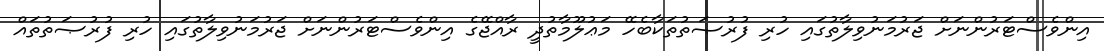
އިންވެސްޓަރުންނަށް ޖަރުމަނުވިލާތުގައި ހުރި ފުރުޞަތުތަކާބެހޭ މަޢުލޫމާތުދީ ރާއްޖޭގެ އިންވެސްޓަރުންނަށް ޖަރުމަނުވިލާތުގައި ހުރި ފުރުޞަތުތައް